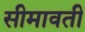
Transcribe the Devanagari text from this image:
सीमावती